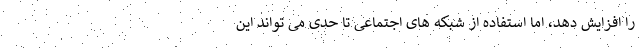
را افزایش دهد، اما استفاده از شبکه های اجتماعی تا حدی می تواند این